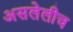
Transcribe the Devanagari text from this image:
असलेलीच